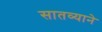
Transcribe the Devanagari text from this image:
सातव्याने